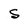
Character: S